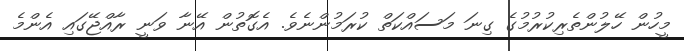
މީހުން ހޭލުންތެރިކުރުމުގެ ގިނަ މަސައްކަތް ކުރަމުންނެވެ. އެގޮތުން އޭނާ ވަނީ ރާއްޖޭގައި އެންމެ